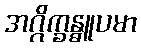
အဂ္ဂိက္ခန္ဓူပမာ